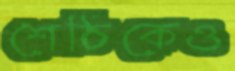
শেঠিকেও